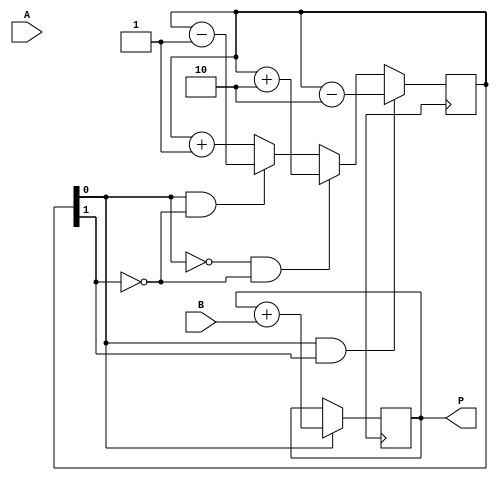
module booth_multiplier(
    input [3:0] A,
    input [3:0] B,
    output reg [7:0] P
);

reg [3:0] A_reg, S_reg;
reg [2:0] counter;
wire x, y, z;

// Booth encoding logic
assign x = (counter[2] ^ counter[1]) & counter[0];
assign y = counter[2] & counter[1];
assign z = (~counter[2]) & (counter[1] ^ counter[0]);

always @(posedge clk) begin
    // Shift registers based on Booth encoding
    if (z) begin
        A_reg <= {A[3], A[3:1]};
        S_reg <= {1, A[0]};
    end else if (y) begin
        A_reg <= {A[3], A[3:1]};
        S_reg <= {0, A[0]};
    end else if (x) begin
        A_reg <= {A[3], A[3:1]};
        S_reg <= {0, A[0]};
    end else begin
        A_reg <= {A[3], A[3:1]};
        S_reg <= {0, 0};
    end

    // Accumulate partial products
    if (counter[0]) begin
        P <= P + B;
    end

    // Control logic to determine shifts and additions
    if (counter[0] & counter[1]) begin
        counter <= counter - 2;
    end else if (~counter[0] & ~counter[1]) begin
        counter <= counter + 2;
    end else if (counter[0] & ~counter[1]) begin
        counter <= counter - 1;
    end else begin
        counter <= counter + 1;
    end
end

endmodule